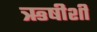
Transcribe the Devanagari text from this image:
ऋषीशी